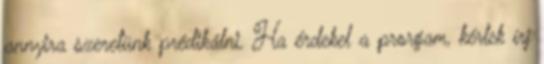
annyira szeretünk prédikálni. Ha érdekel a prorgam, kérlek írj